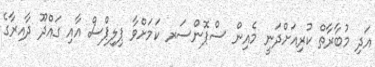
އަދި މުބާރާތް ކުރިއަށްދަނީ މެއިން ސްޕޮންސަރ ކަމަށްވާ ޕިލިޕްސް އާއި ގައްދޫ ދާއިރާގެ